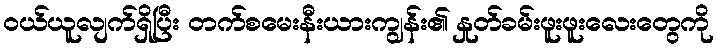
ဝယ်ယူလျက်ရှိပြီး တက်စမေးနီးယားကျွန်း၏ နှုတ်ခမ်းဖူးဖူးလေးတွေကို